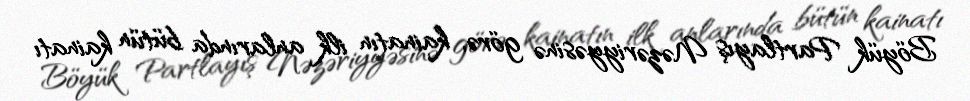
Böyük Partlayış Nəzəriyyəsinə görə, kainatın ilk anlarında bütün kainatı